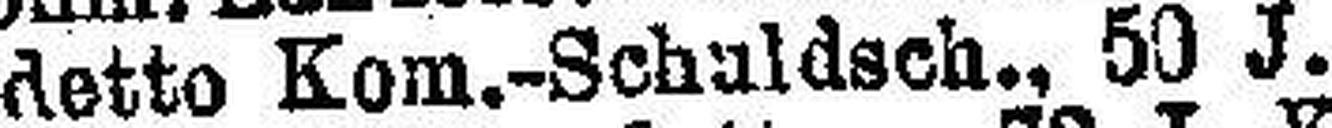
detto Kom.-Schuldsch., 59 J. 4